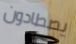
يصطادون